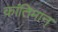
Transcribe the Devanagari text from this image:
कांतिमान्‌